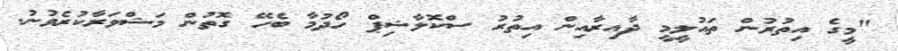
"މީގެ އިތުރުން ތައުލީމީ ދާއިރާއިން އިތުރު ސްކޮލާޝިޕް ހޯދުމާ ބެހޭ ގޮތުން މަޝްވަރާކުރެވުނު.